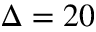
\Delta = 2 0